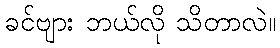
ခင်ဗျား ဘယ်လို သိတာလဲ။